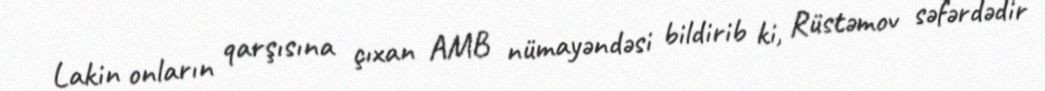
Lakin onların qarşısına çıxan AMB nümayəndəsi bildirib ki, Rüstəmov səfərdədir